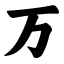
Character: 万